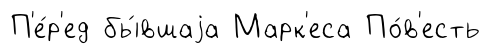
П'е́р'ед бы́вшаjа Марк'еса По́в'есть